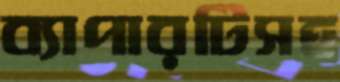
ব্যাপারটিসহ